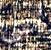
أغبى